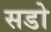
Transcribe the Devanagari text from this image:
सडो